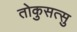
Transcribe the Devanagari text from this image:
तोकुसत्सु